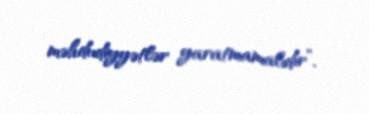
məhdudiyyətlər yaratmamalıdır”.